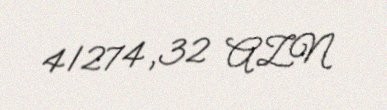
41274,32 AZN